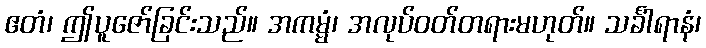
ဧတံ၊ ဤပူဇော်ခြင်းသည်။ အကမ္မံ၊ အလုပ်ဝတ်တရားမဟုတ်။ သင်္ခါရာနံ၊